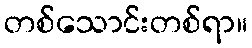
တစ်သောင်းတစ်ရာ။